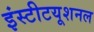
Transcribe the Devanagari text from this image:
इंस्‍टीटयूशनल